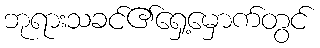
ဘုရားသခင်၏ရှေ့မှောက်တွင်